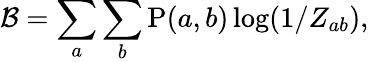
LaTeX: {\cal B}=\sum_{a}\sum_{b}\mathrm{P}(a,b)\log(1/Z_{ab}),